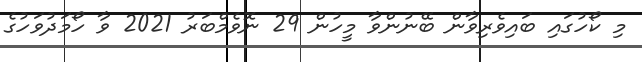
މި ކޯހުގައި ބައިވެރިވާން ބޭނުންވާ މީހުން 29 ނޮވެމްބަރު 2021 ވާ ހޯމަދުވަހުގެ